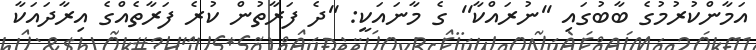
އަމާންކުރުމުގެ ބާބުގައި ''ނުރައްކާ'' ގެ މާނައަކީ: ''ދެ ފަރާތުން ކުރެ ފަރާތެއްގެ އިރާދައަކާ